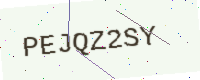
Text: PEJQZ2SY